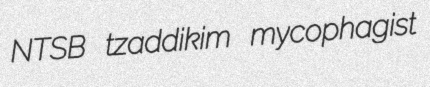
NTSB tzaddikim mycophagist